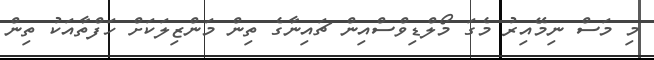
މި މަސް ނިމޭއިރު މެގަ މޯލްޑިވްސްއިން ޗައިނާގެ ތިން މަންޒިލަކަށް ހަފްތާއަކު ތިން